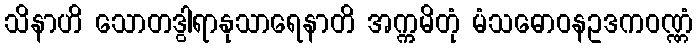
သိနာဟိ သောတဒွါရာနုသာရေနာတိ အက္ကမိတုံ မံသဓောဝနဥဒကဝဏ္ဏံ